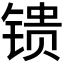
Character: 𬭢